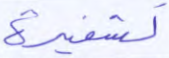
تشفيرة